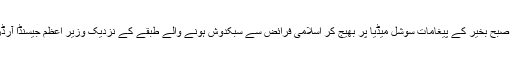
ہمارے ہاں جمعہ مبارک اور صبح بخیر کے پیغامات سوشل میڈیا پر بھیج کر اسلامی فرائض سے سبکدوش ہونے والے طبقے کے نزدیک وزیر اعظم جیسنڈا آرڈرن اسلام کے قریب آگئی ہیں۔